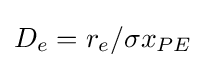
D_{e}={r_{e}}/{\sigma x_{PE}}